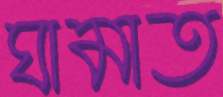
ঘামাত